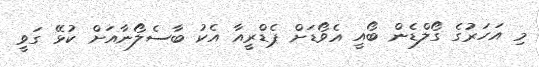
މި އަހަރުގެ ގޯލްޑެން ބޯއީ އެވޯޑަށް ޕެޑްރީއާ އެކު ބާސެލޯނާއަށް ކުޅޭ ގަވީ